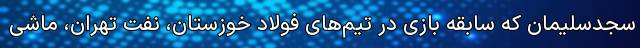
سجدسلیمان که سابقه بازی در تیم‌های فولاد خوزستان، نفت تهران، ماشی